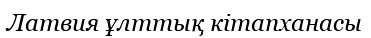
Латвия ұлттық кітапханасы